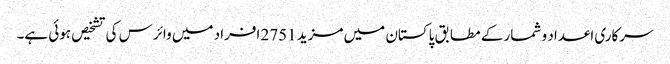
سرکاری اعداد و شمار کے مطابق پاکستان میں مزید 2751 افراد میں وائرس کی تشخیص ہوئی ہے۔